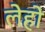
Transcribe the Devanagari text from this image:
लेहो